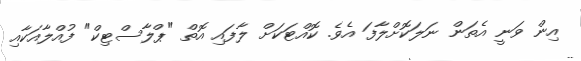
އިން ވަނީ އެތަން ނަލަކޮށްލާފަ އެވެ. ކޮއްޓަކަށް ލާފައި އޮތް "ޕްލާސްޓިކް" ފުއްލާއަކާއި